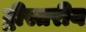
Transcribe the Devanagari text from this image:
द्वीस्तरीय